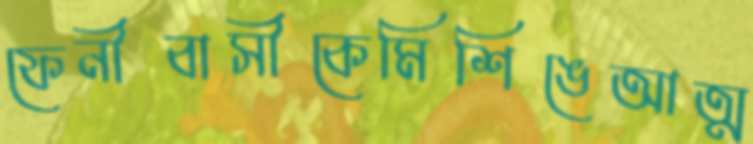
ফেনীবাসীকেমিশিঙেআত্ম